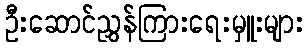
ဦးဆောင်ညွှန်ကြားရေးမှူးများ